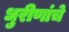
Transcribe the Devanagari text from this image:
धुरीणांचे